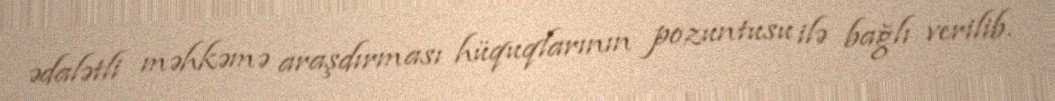
ədalətli məhkəmə araşdırması hüquqlarının pozuntusu ilə bağlı verilib.